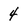
Character: 4